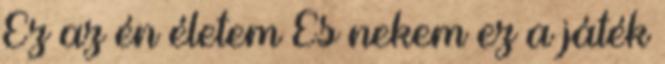
Ez az én életem És nekem ez a játék